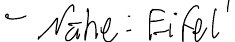
- Nähe: Eifel